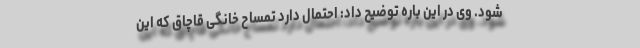
شود. وی در این باره توضیح داد: احتمال دارد تمساح خانگی قاچاق که این